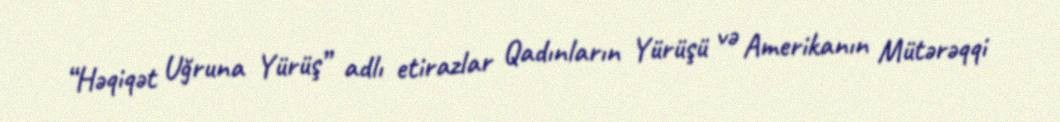
“Həqiqət Uğruna Yürüş” adlı etirazlar Qadınların Yürüşü və Amerikanın Mütərəqqi